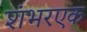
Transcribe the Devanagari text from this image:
शंभरएक